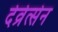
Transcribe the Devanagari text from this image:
देव्रेत्सेन